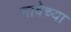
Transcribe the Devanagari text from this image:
नावेच्या